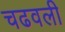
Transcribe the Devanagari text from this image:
चढवली